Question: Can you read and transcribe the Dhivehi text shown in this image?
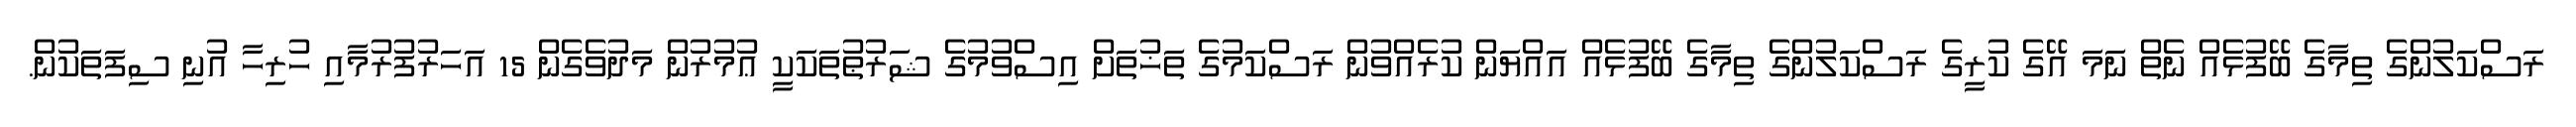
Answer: ރަސްކަލުންގެ ތިމާގެ ބޭފުޅެއް ނެތް ނަމަ އޭގެ ކުރީގެ ރަސްކަލުންގެ ތިމާގެ ބޭފުޅެއް އައްޔަން ކުރެއްވުން ރަސްކަމުގެ ތަޚުތަށް އިސްވުމުގެ ޝަރުޠުތަކަކީ ޢުމުރުން މަދުވެގެން 15 އަހަރުފުރުމާއި ހުރިހާ އުނި ސިފަތަކުން.